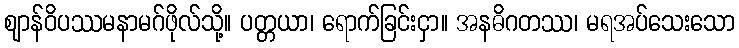
ဈာန်ဝိပဿမနာမဂ်ဖိုလ်သို့။ ပတ္တယာ၊ ရောက်ခြင်းငှာ။ အနဓိဂတဿ၊ မရအပ်သေးသော